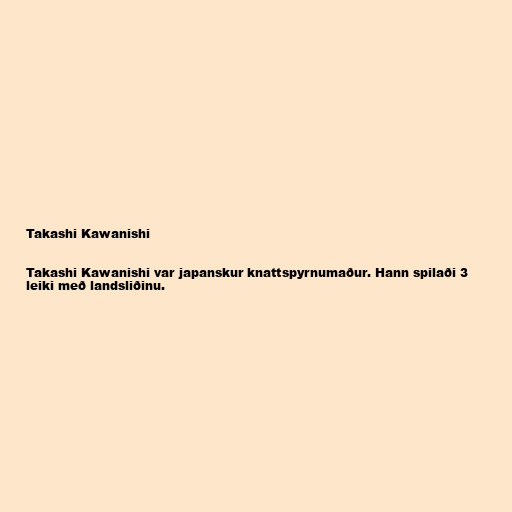
Takashi Kawanishi

Takashi Kawanishi var japanskur knattspyrnumaður. Hann spilaði 3
leiki með landsliðinu.